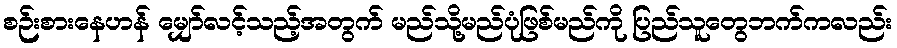
စဉ်းစားနေဟန် မျှော်လင့်သည့်အတွက် မည်သို့မည်ပုံဖြစ်မည်ကို ပြည်သူတွေဘက်ကလည်း